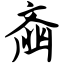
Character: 齑